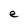
Character: e